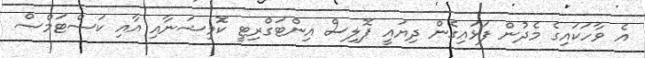
އެ ވާހަކައިގެ މެދުން ފަޅައިގެން ދިޔައީ ޕޮލިސް އިންޓަގްރިޓީ ކޮމިޝަނާއި އާއި ކަސްޓަމްސް